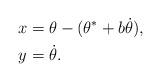
LaTeX: \begin{align*}x &= \theta - (\theta^* + b \dot{\theta}), \\y &= \dot{\theta}.\end{align*}